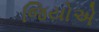
જિયોએ